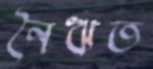
নৈঋত